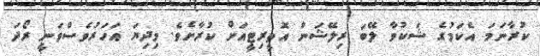
ކުރާނަމަ އެކަމުގެ ޝަކުވާ ލޭބަ ރިލޭޝަން އޮތީރިޓީއަށް ކުރާށެވެ. މިދިޔަ އަހަރުވެސްވަނީ ރޯދަ